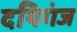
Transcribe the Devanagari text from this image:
दयिगंज